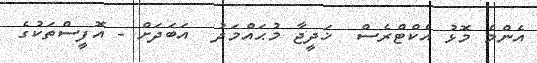
އެންމެ މޮޅު އެކްޓްރެސް  ޚަދީޖާ މުޙައްމަދު  އަބަދަށް - އޮފީސްތަކުގެ